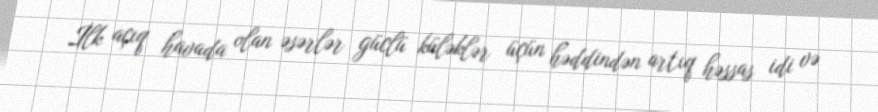
İlk açıq havada olan əsərlər güclü küləklər üçün həddindən artıq həssas idi və